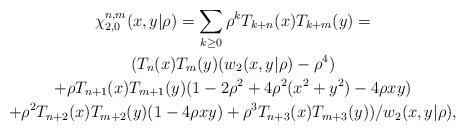
LaTeX: \begin{gather*}\chi_{2,0}^{n,m}(x,y|\rho)\allowbreak=\allowbreak\sum_{k\geq0}\rho^{k}T_{k+n}(x)T_{k+m}(y)\allowbreak=\allowbreak\\(T_{n}(x)T_{m}(y)(w_{2}(x,y|\rho)-\rho^{4})\\+\rho T_{n+1}(x)T_{m+1}(y)(1-2\rho^{2}+4\rho^{2}(x^{2}+y^{2})-4\rho xy)\\+\rho^{2}T_{n+2}(x)T_{m+2}(y)(1-4\rho xy)+\rho^{3}T_{n+3}(x)T_{m+3}(y))/w_{2}(x,y|\rho),\end{gather*}